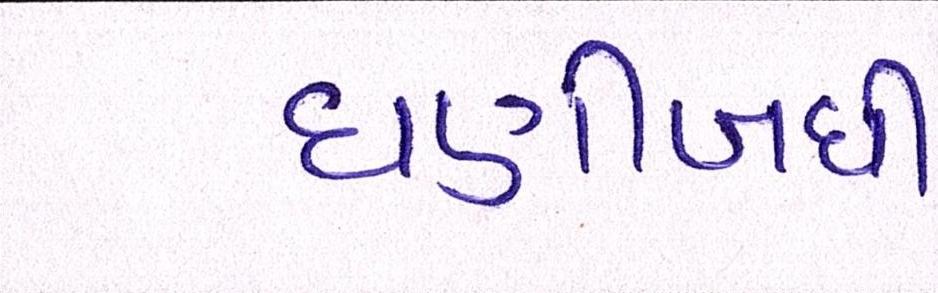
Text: ઘણીબધી